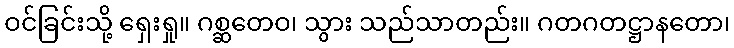
ဝင်ခြင်းသို့ ရှေးရှု။ ဂစ္ဆတေဝ၊ သွား သည်သာတည်း။ ဂတဂတဋ္ဌာနတော၊